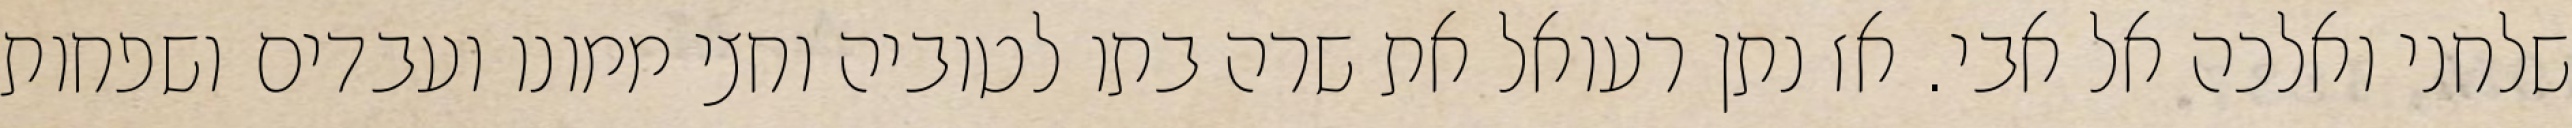
שלחני ואלכה אל אבי. אז נתן רעואל את שרה בתו לטוביה וחצי ממונו ועבדים ושפחות